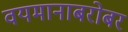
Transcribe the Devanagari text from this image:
वयमानाबरोबर